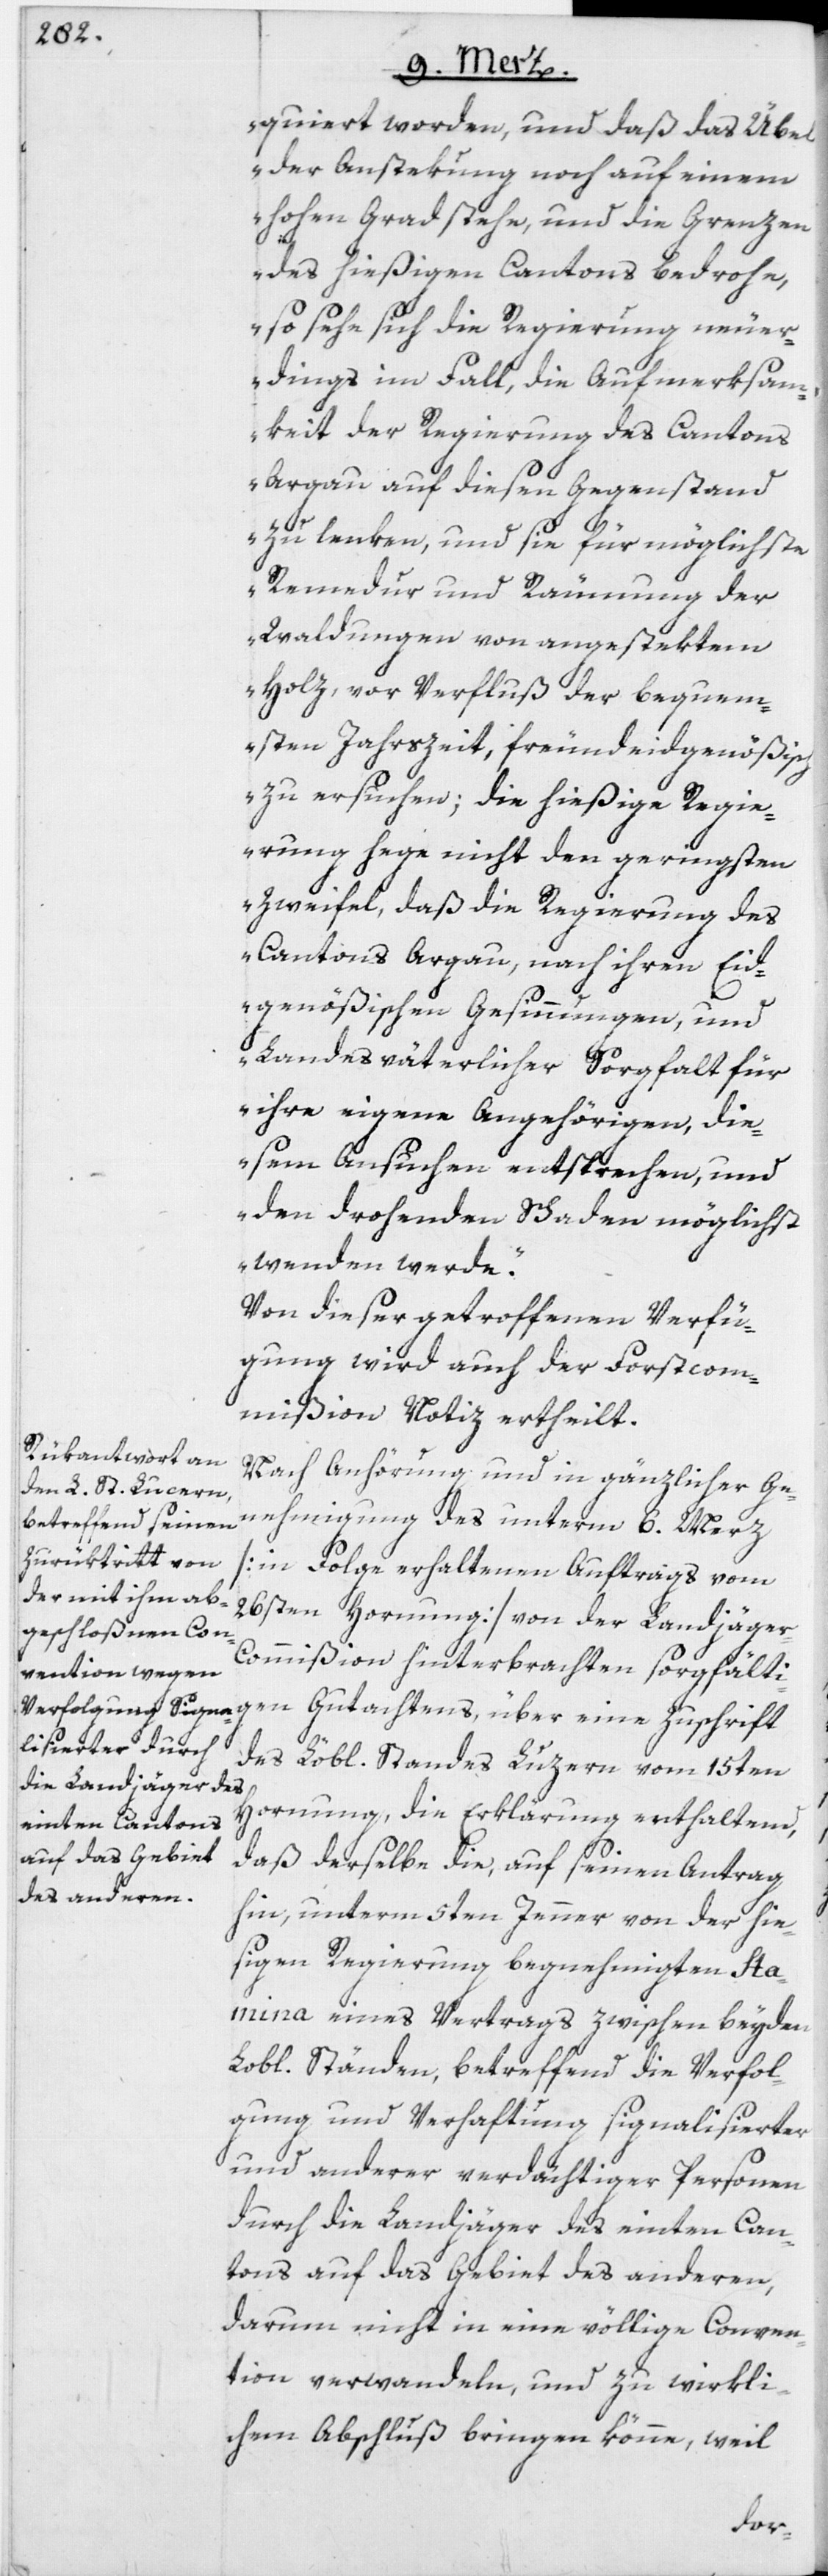
quiert worden, und daß das Übel
der Anstekung noch auf einem
hohen Grad stehe, und die Grenzen
des hießigen Cantons bedrohe,
so sehe sich die Regierung neuer¬
dings im Fall, die Aufmerksam¬
keit der Regierung des Cantons
Argau auf diesen Gegenstand
zu lenken, und sie für möglichste
Remedur und Räumung der
Waldungen von angestektem
Holz, vor Verfluß der bequem¬
sten Jahrszeit, freundeidgenößisch
zu ersuchen; die hießige Regie¬
rung hege nicht den geringsten
Zweifel, daß die Regierung des
Cantons Argau, nach ihren Eid¬
genößischen Gesinnungen, und
Landesväterlicher Sorgfalt für
ihre eigene Angehörigen, die¬
sem Ansuchen entsprechen, und
den drohenden Schaden möglichst
wenden werde.“
Von dieser getroffenen Verfü¬
gung wird auch der Forstcom¬
mißion Notiz ertheilt.
Nach Anhörung und in gänzlicher Ge¬
nehmigung des unterm 6. Merz
[in Folge erhaltenen Auftrags vom
26sten Hornung] von der Landjäge¬
r-Commißion hinterbrachten sorgfältigen
des Löbl. Standes Luzern vom 15ten
Hornung, die Erklärung enthaltend,
daß derselbe die, auf seinen Antrag
hin, unterm 5ten Jenner von der hie¬
sigen Regierung begnehmigten Sta¬
mina eines Vertrags zwischen beyden
Lobl. Ständen, betreffend die Verfol¬
gung und Verhaftung signalisierter
und anderer verdächtiger Personen
durch die Landjäger des einten Can¬
tons auf das Gebiet des anderen,
darum nicht in eine völlige Conven¬
tion verwandeln, und zu wirkli¬
chem Abschluß bringen könne, weil